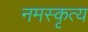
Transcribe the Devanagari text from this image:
नमस्कृत्य